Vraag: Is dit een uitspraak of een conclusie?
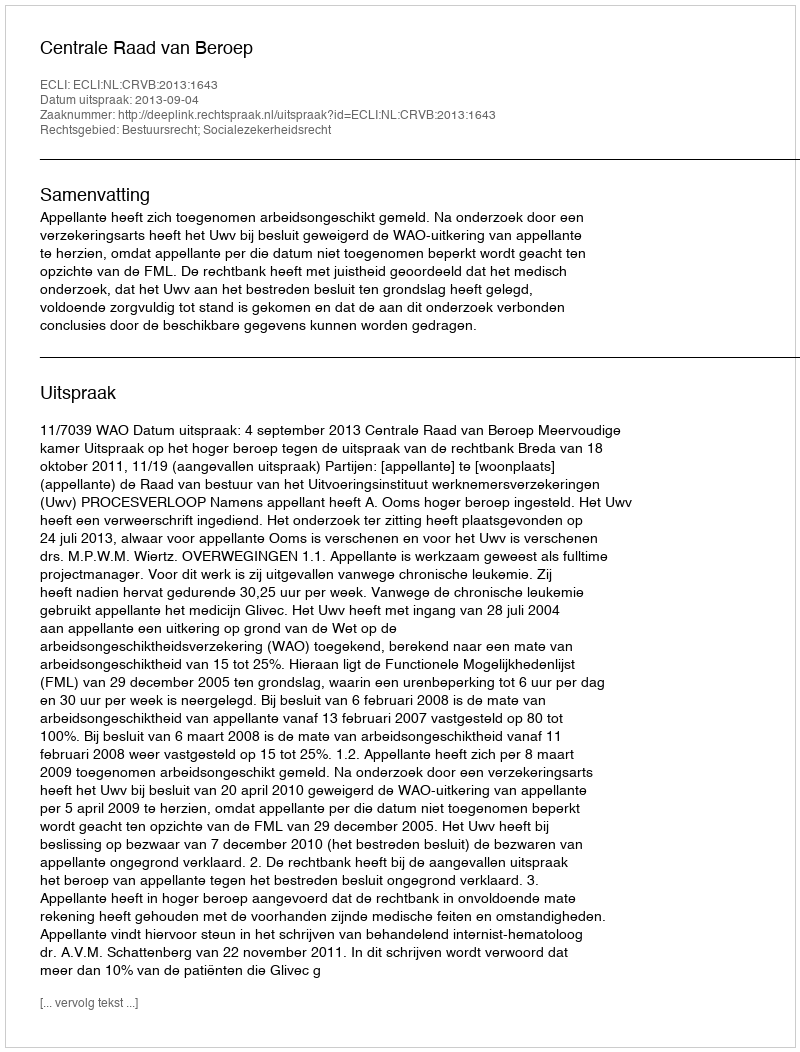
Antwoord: Uitspraak